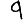
Digit: 9